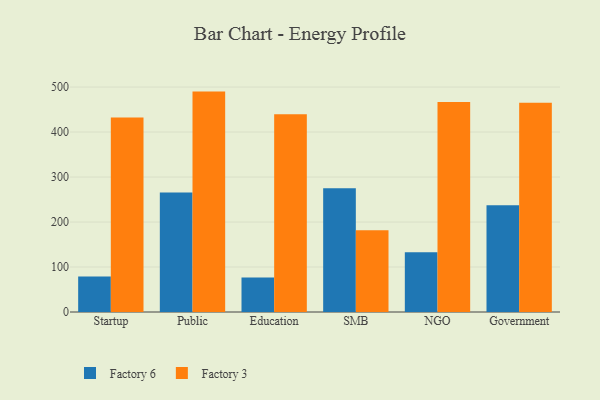
{"axis": {"x": "Segment", "y": "Bounce Rate (%)"}, "legend": ["Factory 3", "Factory 6"], "data": [{"x": "Startup", "y": 79.0, "type": "Factory 6"}, {"x": "Startup", "y": 432.2, "type": "Factory 3"}, {"x": "Public", "y": 265.8, "type": "Factory 6"}, {"x": "Public", "y": 489.9, "type": "Factory 3"}, {"x": "Education", "y": 76.9, "type": "Factory 6"}, {"x": "Education", "y": 439.4, "type": "Factory 3"}, {"x": "SMB", "y": 274.8, "type": "Factory 6"}, {"x": "SMB", "y": 181.5, "type": "Factory 3"}, {"x": "NGO", "y": 132.6, "type": "Factory 6"}, {"x": "NGO", "y": 466.7, "type": "Factory 3"}, {"x": "Government", "y": 237.4, "type": "Factory 6"}, {"x": "Government", "y": 464.9, "type": "Factory 3"}]}